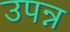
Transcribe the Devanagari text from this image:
उपन्न